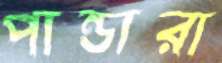
পান্ডারা